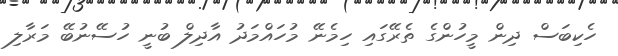
ހެކިބަސް ދިން މީހުންގެ ތެރޭގައި ހިމެނޭ މުހައްމަދު އާދިލް ބުނީ ހުސޭނުބޭ މަރާލި